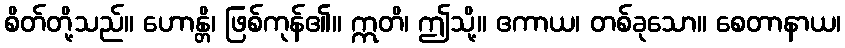
စိတ်တို့သည်။ ဟောန္တိ၊ ဖြစ်ကုန်၏။ ဣတိ၊ ဤသို့။ ဧကာယ၊ တစ်ခုသော။ စေတာနာယ၊